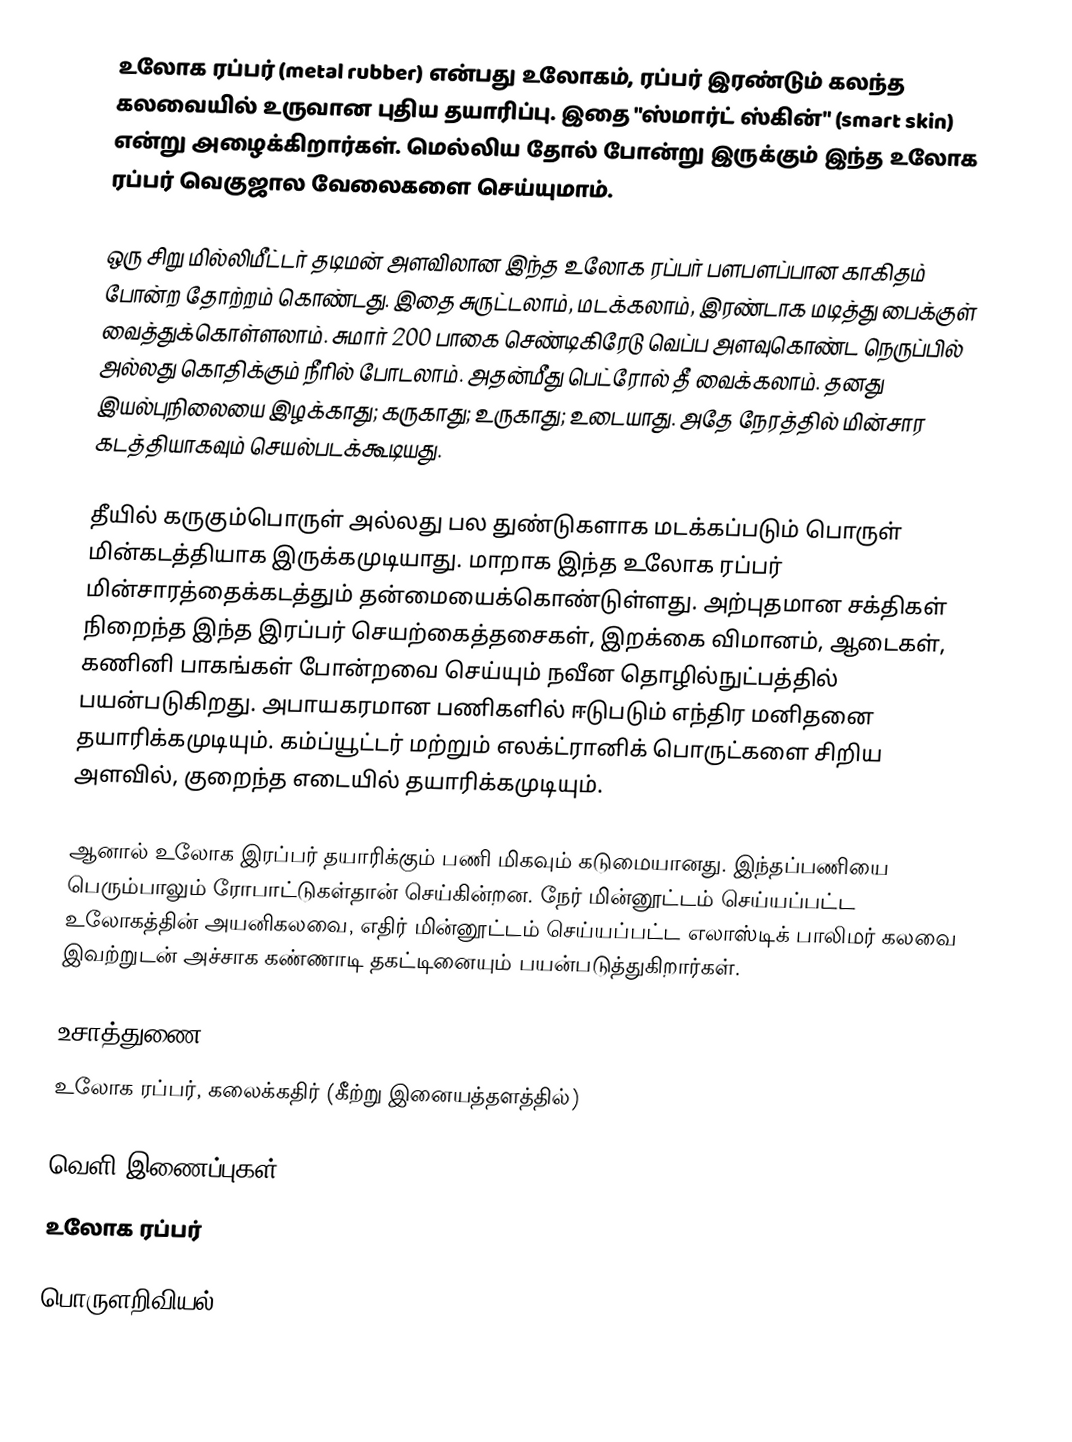
உலோக ரப்பர் (metal rubber) என்பது உலோகம், ரப்பர் இரண்டும் கலந்த கலவையில் உருவான புதிய தயாரிப்பு. இதை "ஸ்மார்ட் ஸ்கின்" (smart skin) என்று அழைக்கிறார்கள். மெல்லிய தோல் போன்று இருக்கும் இந்த உலோக ரப்பர் வெகுஜால வேலைகளை செய்யுமாம்.

ஒரு சிறு மில்லிமீட்டர் தடிமன் அளவிலான இந்த உலோக ரப்பர் பளபளப்பான காகிதம் போன்ற தோற்றம் கொண்டது. இதை சுருட்டலாம், மடக்கலாம், இரண்டாக மடித்து பைக்குள் வைத்துக்கொள்ளலாம். சுமார் 200 பாகை செண்டிகிரேடு வெப்ப அளவுகொண்ட நெருப்பில் அல்லது கொதிக்கும் நீரில் போடலாம். அதன்மீது பெட்ரோல் தீ வைக்கலாம். தனது இயல்புநிலையை இழக்காது; கருகாது; உருகாது; உடையாது. அதே நேரத்தில் மின்சார கடத்தியாகவும் செயல்படக்கூடியது.

தீயில் கருகும்பொருள் அல்லது பல துண்டுகளாக மடக்கப்படும் பொருள் மின்கடத்தியாக இருக்கமுடியாது. மாறாக இந்த உலோக ரப்பர் மின்சாரத்தைக்கடத்தும் தன்மையைக்கொண்டுள்ளது. அற்புதமான சக்திகள் நிறைந்த இந்த இரப்பர் செயற்கைத்தசைகள், இறக்கை விமானம், ஆடைகள், கணினி பாகங்கள் போன்றவை செய்யும் நவீன தொழில்நுட்பத்தில் பயன்படுகிறது. அபாயகரமான பணிகளில் ஈடுபடும் எந்திர மனிதனை தயாரிக்கமுடியும். கம்ப்யூட்டர் மற்றும் எலக்ட்ரானிக் பொருட்களை சிறிய அளவில், குறைந்த எடையில் தயாரிக்கமுடியும்.

ஆனால் உலோக இரப்பர் தயாரிக்கும் பணி மிகவும் கடுமையானது. இந்தப்பணியை பெரும்பாலும் ரோபாட்டுகள்தான் செய்கின்றன. நேர் மின்னூட்டம் செய்யப்பட்ட உலோகத்தின் அயனிகலவை, எதிர் மின்னூட்டம் செய்யப்பட்ட எலாஸ்டிக் பாலிமர் கலவை இவற்றுடன் அச்சாக கண்ணாடி தகட்டினையும் பயன்படுத்துகிறார்கள்.

உசாத்துணை
 உலோக ரப்பர், கலைக்கதிர் (கீற்று இனையத்தளத்தில்)

வெளி இணைப்புகள்
 உலோக ரப்பர்

பொருளறிவியல்